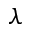
\lambda